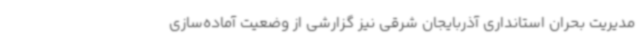
مدیریت بحران استانداری آذربایجان شرقی نیز گزارشی از وضعیت آماده‌سازی